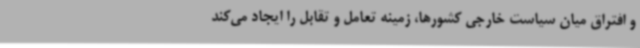
و افتراق میان سیاست خارجی کشورها، زمینه‌ تعامل و تقابل را ایجاد می‌کند